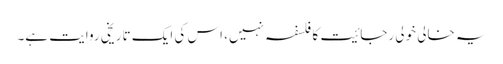
یہ خالی خولی رجائیت کا فلسفہ نہیں، اس کی ایک تاریخی روایت ہے۔